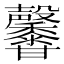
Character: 𪐕